Vaccination in Burma 1912-1922 - 1912-1922
Year: 1912
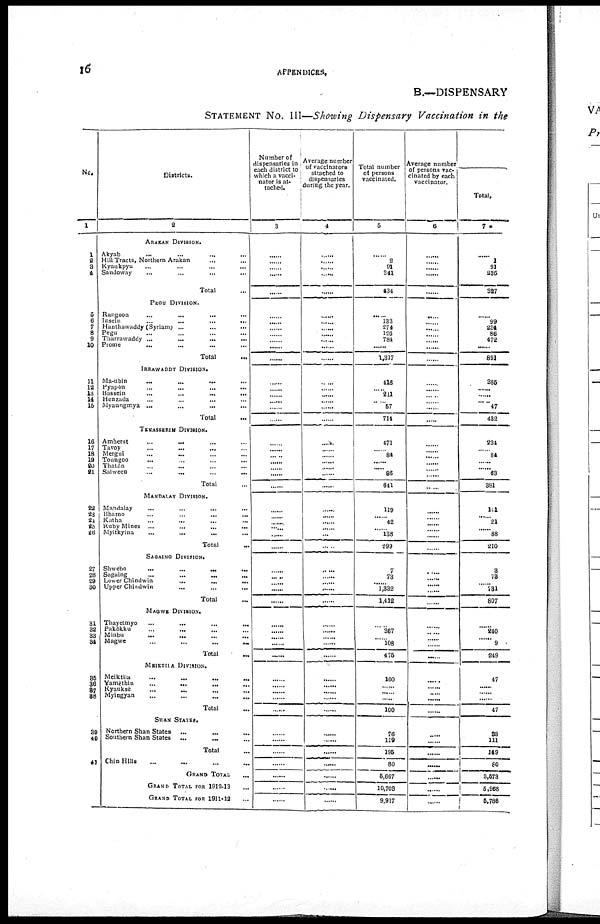
16
APPENDICES.
B.— DISPENSARY
STATEMENT No. III—Showing Dispensary Vaccination in the
No.
1
1
2 3
4
5
6
7
8
9
10
11
12
13
14
15
16
17
18
19
20
21
22
23
24
25
26
27
28
29
30
31
32
33
34
35
36
37
38
39
40
41
Districts.
2
ARAKAN DIVISION.
Akyab ... ... ... ...
Hill Tracts, Northern Arakan... ...
Kyaukpyu... ... ...
Sandoway
...
...
...
Total...
PEGU DIVISION.
Rangoon... ... ...
Insein...
...
...
Hanthawaddy
(Syriam)...
...
...
Pegu... ... ...
Tharrawaddy... ... ...
Prome... ... ...
Total...
IRRAWADDY DIVISION.
Ma-ubin
...
...
...
Pyapôn
...
...
...
...
Bassein... ... ... ...
Henzada... ... ...
Myaungmya ... ... ...
Total...
TENASSERIM DIVISION.
Amherst
...
...
...
Taroy...
...
...
Mergui... ... ...
Toungoo...
...
...
Thatôn... ... ...
Salween...
...
...
Total...
MANDALAY DIVISION.
Mandalay... ... ...
Bhamo...
...
...
Katha... ... ...
Ruby Mines... ... ...
Myitkyina... ... ...
Total...
SAGAING DIVISION.
Shwebo...
...
...
Sagaing... ... ...
Lower
Chindwin...
...
...
Upper Chindwin... ... ...
Total...
MAGWE DIVISION.
Thayetmyo...
...
...
Pakôkku... ... ...
Minbu... ... ...
Magwe
...
...
...
Total ... ...
MEIKTILA DIVISION.
Meiktila... ... ...
Yamèthin...
...
...
Kyauksè
...
...
...
Myingyan...
...
...
Total...
SHAN STATES.
Northern Shan States
...
...
Southern Shan States
...
...
Total...
Chin Hills... ...
GRAND TOTAL
GRAND TOTAL FOR 1912-13
GRAND TOTAL FOR 1911-12
Number of
dispensaries in
each district to
which a vacci-
nator is at-
tached.
3
...
......
......
......
......
......
......
......
......
......
......
......
......
......
......
......
......
......
......
......
......
......
......
......
......
......
......
......
...... ......
......
......
......
...... ......
......
......
......
......
......
......
......
......
......
......
......
......
......
......
......
......
......
......
Average number
of vaccinators
attached to
dispensaries
during the year.
4
......
......
...... ......
......
......
......
......
......
......
......
......
......
......
......
......
......
......
......
......
......
......
......
......
......
......
......
......
...... ......
......
......
......
......
......
......
......
......
......
......
......
......
......
......
......
......
......
......
......
......
......
......
......
Total number
of persons
vaccinated.
5
......
2
91
341
434
......
133
274
126
784
......
1,317
416
......
211
......
57
714
471
......
84
......
......
86
641
119
......
42
......
138
299
7
73
...... 1,332
1,412
......
367
......
108
475
100
......
......
......
100
76
119
195
80
5,667
10,708
9,917
Average number
of persons vac-
cinated by each
vaccinator.
6
......
......
......
......
......
......
......
......
......
......
......
......
......
......
......
......
......
......
......
......
......
......
......
......
......
......
......
......
...... ......
......
......
......
......
......
......
......
...... .....
......
......
......
.....
......
......
......
......
......
......
......
......
......
......
Total,
7
......
1
91
235
327
......
99
234
86
472
......
891
385
......
...... ...... 47
432
234
......
84
......
......
63
381
101
......
21
......
88
210
......
78
......
781
807
......
......
......
9
249
......
......
......
......
47
......
111
149
80
3,573
5,968
5,788